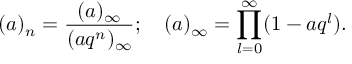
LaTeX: ( a ) _ { n } = \frac { ( a ) _ { \infty } } { ( a q ^ { n } ) _ { \infty } } ; \quad ( a ) _ { \infty } = \prod _ { l = 0 } ^ { \infty } ( 1 - a q ^ { l } ) .